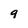
Character: 9